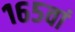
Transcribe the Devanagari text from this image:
१६५वां